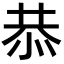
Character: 恭